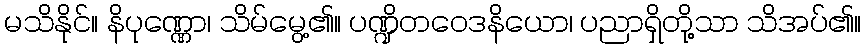
မသိနိုင်။ နိပုဏ္ဏော၊ သိမ်မွေ့၏။ ပဏ္ဍိတဝေဒနိယော၊ ပညာရှိတို့သာ သိအပ်၏။